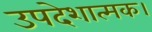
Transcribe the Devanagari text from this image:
उपदेशात्मक।